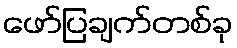
ဖော်ပြချက်တစ်ခု